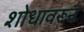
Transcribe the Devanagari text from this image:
शोधावरून